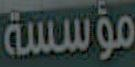
مؤسسة